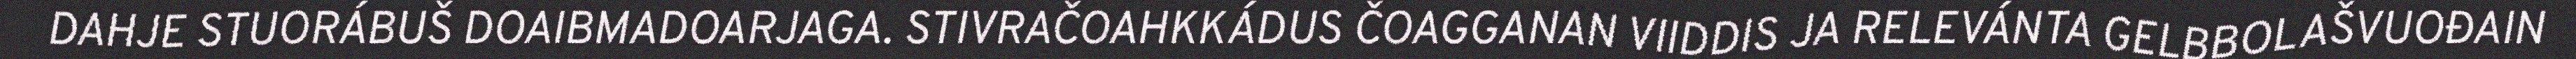
DAHJE STUORÁBUŠ DOAIBMADOARJAGA. STIVRAČOAHKKÁDUS ČOAGGANAN VIIDDIS JA RELEVÁNTA GELBBOLAŠVUOĐAIN